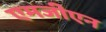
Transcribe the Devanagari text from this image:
एमजीएन